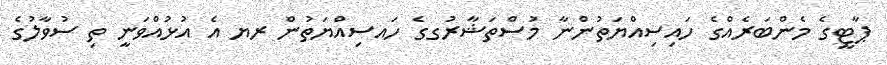
ޕާޓީގެ މެންބަރެއްގެ ހައިސިއްޔަތުންނާ މުސްތަޝާރުގގެ ހައސިއްޔަތުން ރޔ އެ އުޅުއްވަނީ ތި ސުވާލުގެ